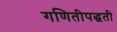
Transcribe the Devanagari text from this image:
गणितीपद्धती